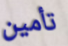
تأمين